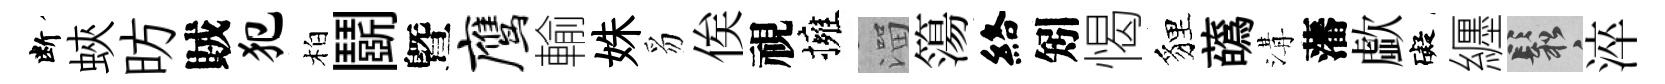
断蛺昉賊犯柏鬬曁鹰輸姝豸俟視擁溜簜絡矧愒貍蘤溝藩歔礙纒鬆淬